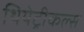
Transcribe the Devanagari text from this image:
थियेट्रीकल्स